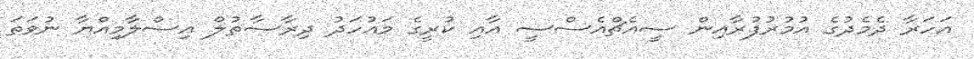
އަހަރާ ދެމެދުގެ އުމުރުފުރާއިން ސީއެޗްއެސްސީ އާއި ކުރީގެ މައުހަދު ދިރާސާތުލް އިސްލާމިއްޔާ ނުވަތަ